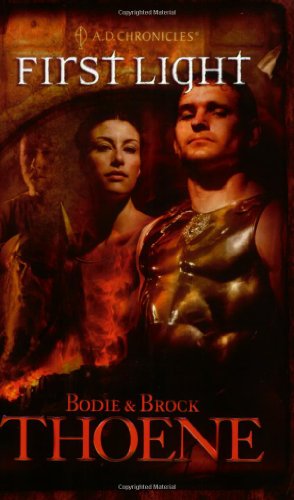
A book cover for First Light (A. D. Chronicles, Book 1); Bodie Thoene; Religion & Spirituality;